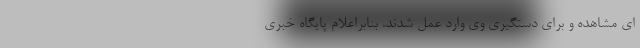
ای مشاهده و برای دستگیری وی وارد عمل شدند. بنابراعلام پایگاه خبری